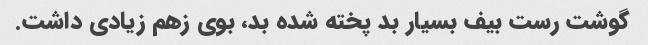
گوشت رست بیف بسیار بد پخته شده بد، بوی زهم زیادی داشت.